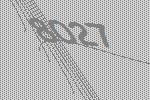
8027